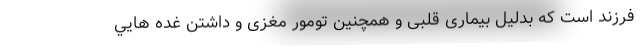
فرزند است که بدلیل بیماری قلبی و همچنین تومور مغزی و داشتن غده هايي